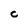
Character: C